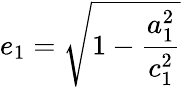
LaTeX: e_{1}=\displaystyle\sqrt{1-\frac{a_{1}^{2}}{c_{1}^{2}}}